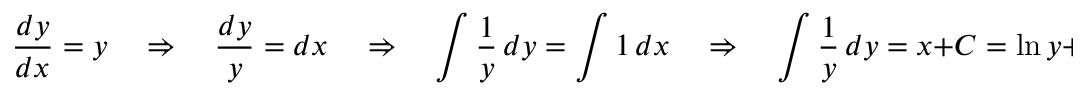
{ \frac { d y } { d x } } = y \quad \Rightarrow \quad { \frac { d y } { y } } = d x \quad \Rightarrow \quad \int { \frac { 1 } { y } } \, d y = \int 1 \, d x \quad \Rightarrow \quad \int { \frac { 1 } { y } } \, d y = x + C = \ln y + C .